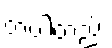
တပါတည်း